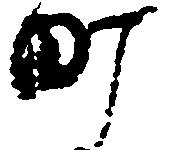
町